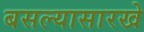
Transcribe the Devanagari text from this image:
बसल्यासारखे